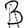
Digit: 3